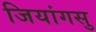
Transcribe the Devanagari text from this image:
जियांगसु